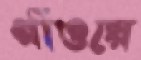
গাঁওয়ে